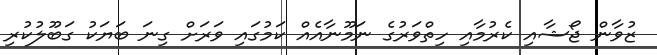
ޒުވާން ޖޯޝާއި ކެރުމާއި ހިތްވަރުގެ ނަމޫނާއެއް ކަމުގައި ވަރަށް ގިނަ ބަޔަކު ގަބޫލުކުރި